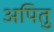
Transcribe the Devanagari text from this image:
अपितु